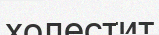
холестит